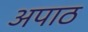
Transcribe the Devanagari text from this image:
अपाठ